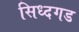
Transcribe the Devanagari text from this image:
सिध्दगड